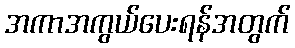
အကာအကွယ်ပေးရန်အတွက်